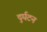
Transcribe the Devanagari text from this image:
दुर्घटन